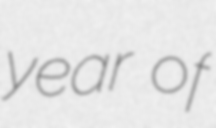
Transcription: year of